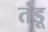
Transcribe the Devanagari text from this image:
तंडू